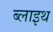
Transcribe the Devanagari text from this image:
ब्लाइथ